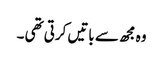
وہ مجھ سے باتیں کرتی تھی ۔